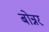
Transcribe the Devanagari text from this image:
बोन्नर